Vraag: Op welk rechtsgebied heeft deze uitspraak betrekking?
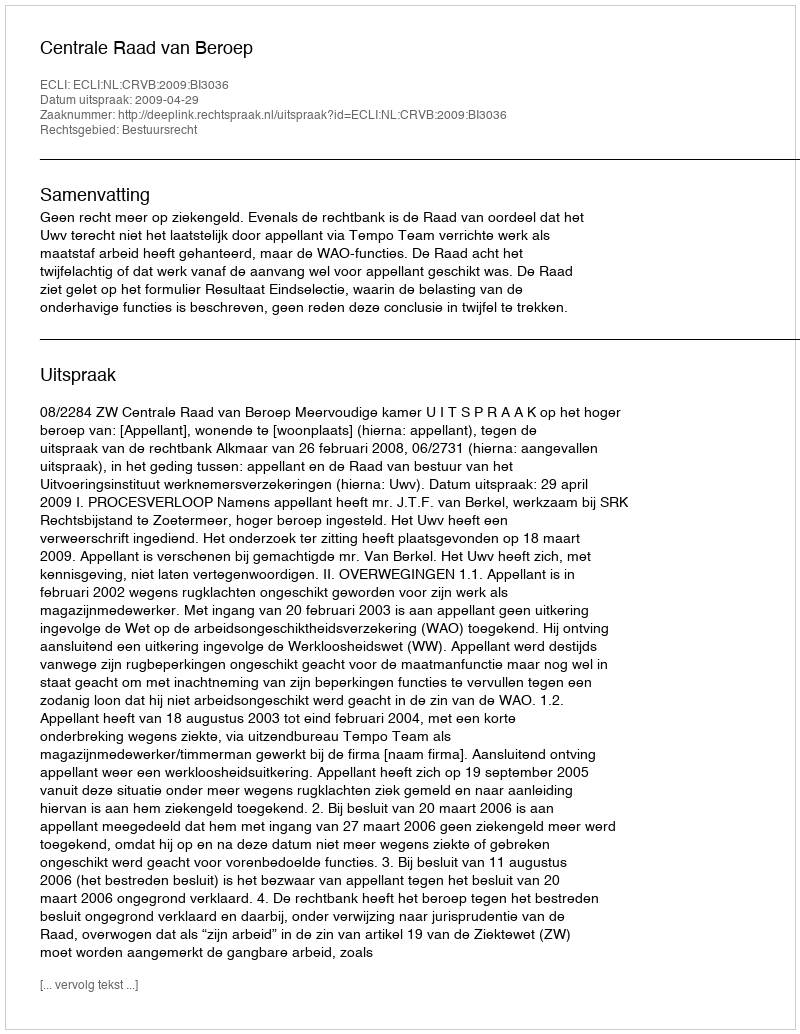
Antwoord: Bestuursrecht